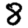
Digit: 8